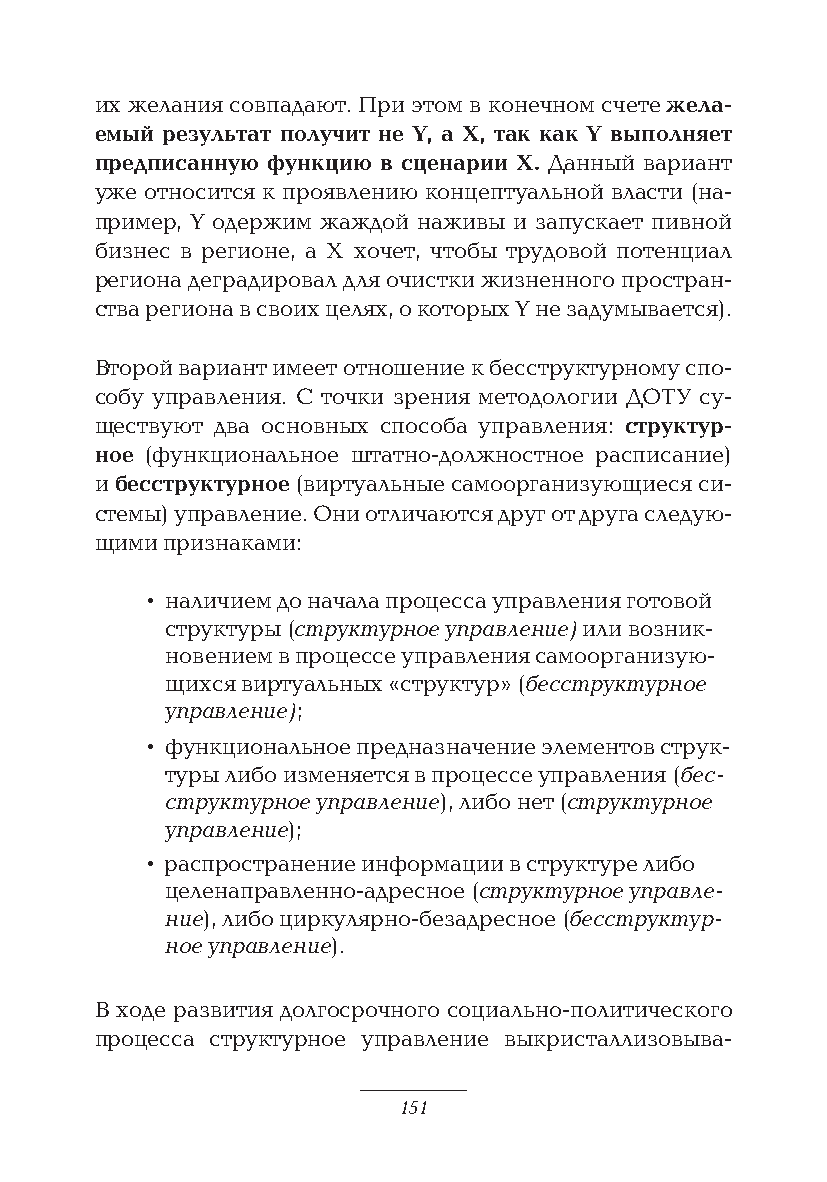
их желания совпадают. При этом в конечном счете жела-
 емый результат получит не Y, а Х, так как Y выполняет
 предписанную функцию в сценарии Х. Данный вариант
 уже относится к проявлению концептуальной власти (на-
 пример, Y одержим жаждой наживы и запускает пивной
 бизнес в регионе, а Х хочет, чтобы трудовой потенциал
 региона деградировал для очистки жизненного простран-
 ства региона в своих целях, о которых Y не задумывается).
 Второй вариант имеет отношение к бесструктурному спо-
 собу управления. С точки зрения методологии ДОТУ су-
 ществуют два основных способа управления: структур-
 ное (функциональное штатно-должностное расписание)
 и бесструктурное (виртуальные самоорганизующиеся си-
 стемы) управление. Они отличаются друг от друга следую-
 щими признаками:
 • наличием до начала процесса управления готовой
 структуры (структурное управление) или возник-
 новением в процессе управления самоорганизую-
 щихся виртуальных «структур» (бесструктурное
 управление);
 • функциональное предназначение элементов струк-
 туры либо изменяется в процессе управления (бес-
 структурное управление), либо нет (структурное
 управление);
 • распространение информации в структуре либо
 целенаправленно-адресное (структурное управле-
 ние), либо циркулярно-безадресное (бесструктур-
 ное управление).
 В ходе развития долгосрочного социально-политического
 процесса структурное управление выкристаллизовыва-
 151